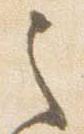
之